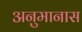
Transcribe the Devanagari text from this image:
अनुमानास